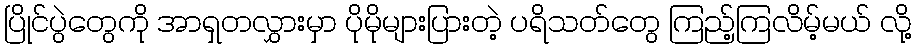
ပြိုင်ပွဲတွေကို အာရှတလွှားမှာ ပိုမိုများပြားတဲ့ ပရိသတ်တွေ ကြည့်ကြလိမ့်မယ် လို့